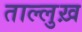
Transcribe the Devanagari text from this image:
ताल्लुख़